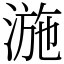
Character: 湤